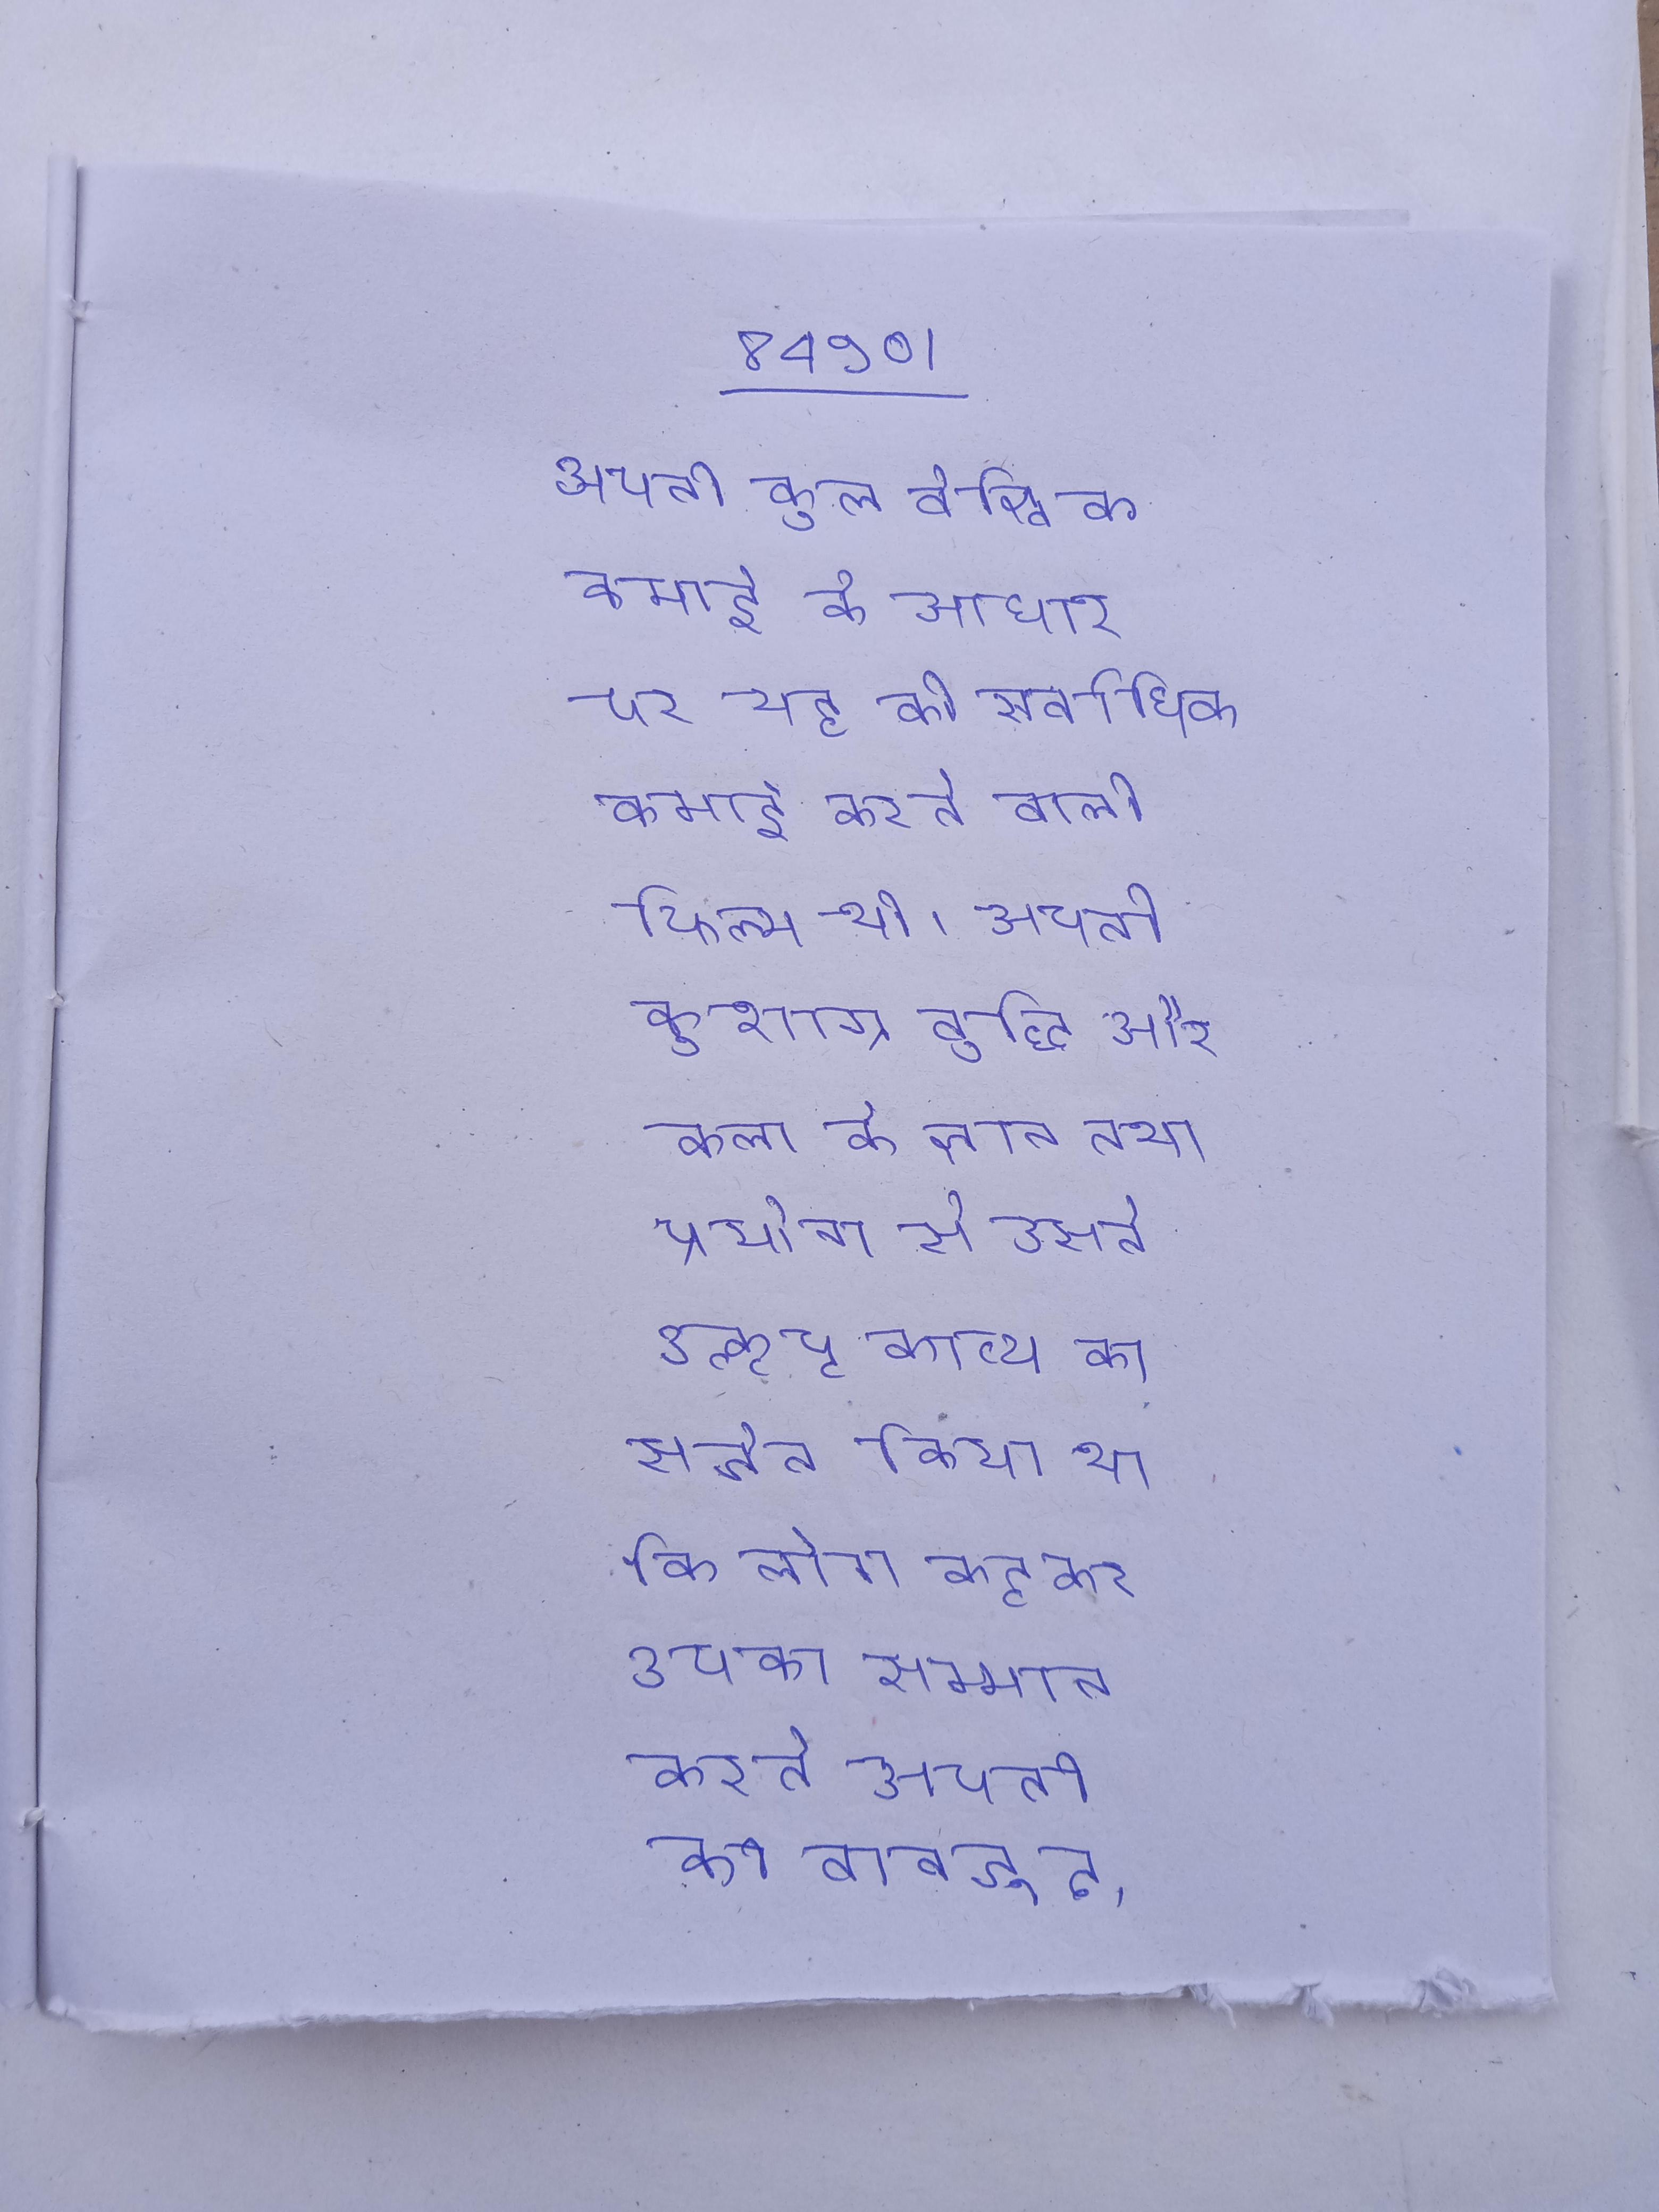
अपनी कुल वैश्विक कमाई के आधार पर यह की सर्वाधिक कमाई करने वाली फिल्म थी । अपनी कुशाग्र बुद्धि और कला के ज्ञान तथा प्रयोग से उसने उत्कृष्ट काव्य का सर्जन किया था कि लोग कहकर उसका सम्मान करते अपनी के बावजूद, वे बहुत कम आयु से ही से बहुत प्रभावित थे और समय तक कॉर्ड्स का अभ्यास करते और अपने कब टेप रिकॉर्डर पर के के को सुन कर उसकी नकल करते थे ।